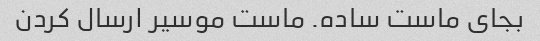
بجای ماست ساده. ماست موسیر ارسال کردن